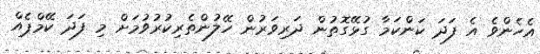
އެހެންވެ އެ ފަދަ ކަންކަމާ ގުޅޭގޮތުން ދަރިވަރުން ހޭލުންތެރިކުރުވުމަށް މި ފަދަ ކޭމްޕެއް